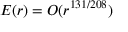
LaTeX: E ( r ) = O ( r ^ { 1 3 1 / 2 0 8 } )